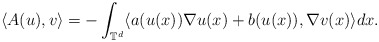
\begin{align*}\langle A(u), v \rangle = - \int_{\mathbb{T}^d} \langle a(u(x)) \nabla u(x) + b(u(x)), \nabla v(x) \rangle dx .\end{align*}